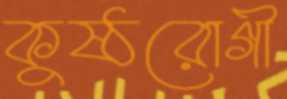
কুষ্ঠরোগী